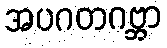
အပဂတဂဗ္ဘာ